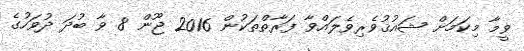
ވީމާ މިކަމަށް ޝައުޤުވެރިވެލައްވާ ފަރާތްތަކުން 2016 ޖޫން 8 ވާ ބުދަ ދުވަހުގެ